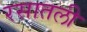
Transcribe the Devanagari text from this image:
रसातली